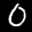
Label: 0